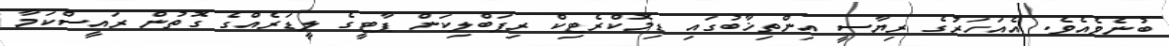
ބުނެވެއެވެ. އެއަހަރުގެ ރިޔާސީ އިންތިޚާބުގައި ޑިމޮކްރެޓިކް ރިޕަބްލިކަން ޕާޓީގެ ލީޑަރެއްގެ ގޮތުން ރައީސްކަމާ